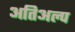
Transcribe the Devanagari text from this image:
अतिअल्प